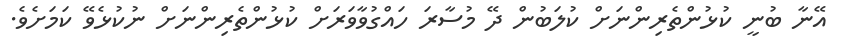
އޭނާ ބުނީ ކުޅުންތެރިންނަށް ކުލަބުން ދޭ މުސާރަ ހައްގުވާވަރަށް ކުޅުންތެރިންނަށް ނުކުޅެވޭ ކަމަށެވެ.